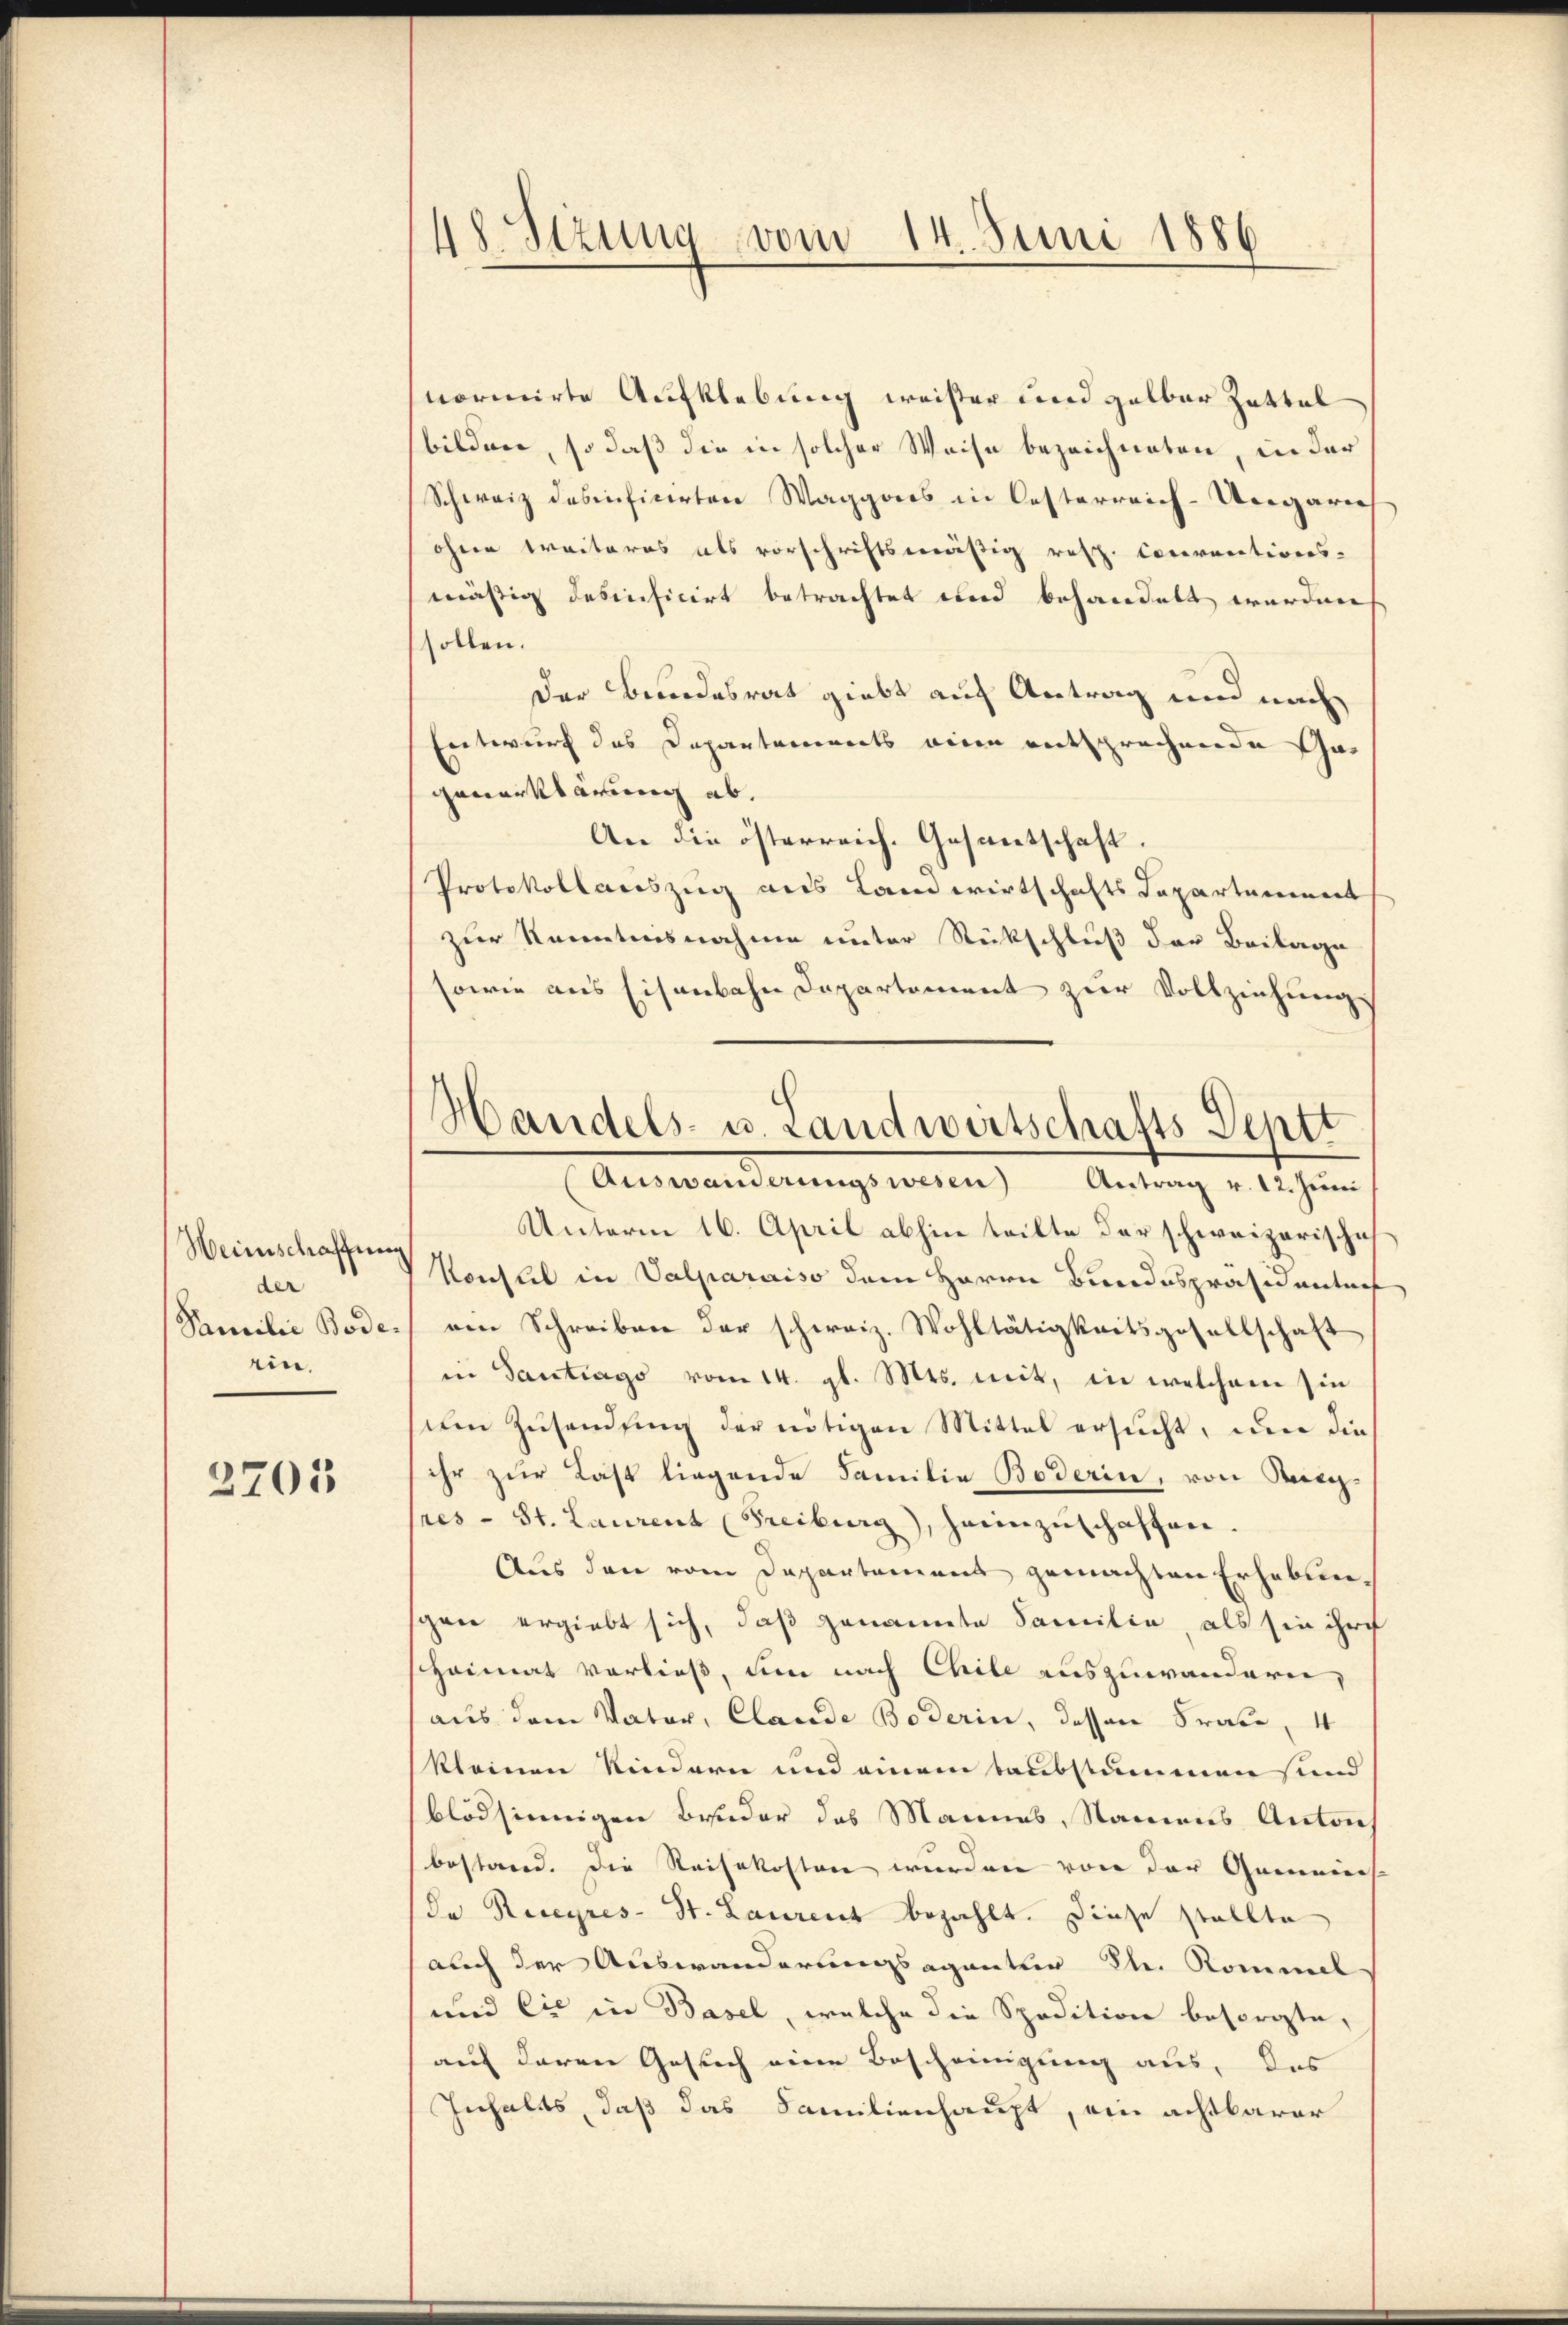
Weinschaffung
der
Familie Bode
ein.

2705

48. Sizung vom 14. Juni 1886

normirte Aufklebung weister und gelbar Zettel
bilden, so daß die in solcher Weise bezeichneten, in der
Schweiz desinficirten Waggons in Oesterreich-Ungari
ohne weiteres als vorschriftsmäßig resp. Conventions-
mäßig desinficirt betrachtet und behandelt werden
sollen.
Der Bundesrat giebt auf Antrag und nach
Entwurf das Departements einen entsprechende Gas
ganerklärung ab.
An die österreich. Gesantschaft.
Protokollauszug aus Landwirtschafts Departenmeist
zur Kenntnisnahme unter Rückschluß der Beilage
sowie aus Eisenbahn Departement zur Vollziehung
Unterm 16. April abhin teilte der schweizerische
Konsul in Valparaiso dem Herrn Bundespräsidenters
ven Schreiben der schweiz. Wohltätigkeitsgesellschaft
in Gantrags vom 14. gl. Mts. mit, in welchem sie
um Zusendung der nötigen Mittel ersucht, um die
ihr zur Last liegende Familie Boderin, von Mitg
sres - St. Laurent (Freiburg), heimzŭschaffen.
Aus den vom Departement gemachten Erhebungen ergiebt sich, daß genannte Familie, als sie ihre
sheimat verließ, um nach Chile auszuwandern,
aus dem Vater, Clande Boderin, dassen Fraue, 4
kleinen Kindern und einem taubstummen und
blödsinnigen Bruder des Mannes, Namens Anton
bestand. Die Reisekosten wurden von der Gemeinst
da Rueyres- St. Laurent bezahlt. Diese stellte
auch der Auswanderungsaganten St. Kommel
und Cie in Basel, welche die Spedition besorgte,
auf deren Gesuch eine Bescheinigung aus, das
Inhalts, daß das Familienhaupt, ein achtbarer

Handels- u. Landwirtschafts Septt
Auswanderungswesen Antrag v. 12. Jŭni